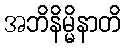
အဘိနိမ္မိနာတိ